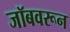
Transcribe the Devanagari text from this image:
जॉबवरून